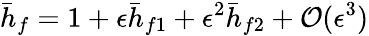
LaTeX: \bar{h}_{f}=1+\epsilon\bar{h}_{f1}+\epsilon^{2}\bar{h}_{f2}+\mathcal{O}(\epsilon^{3})